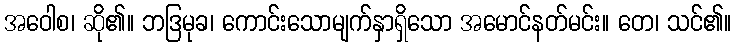
အဝေါစ၊ ဆို၏။ ဘဒြမုခ၊ ကောင်းသောမျက်နှာရှိသော အမောင်နတ်မင်း။ တေ၊ သင်၏။